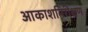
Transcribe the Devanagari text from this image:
आकाशनिरीक्षण